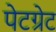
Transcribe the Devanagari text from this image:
पेटग्रेट